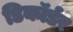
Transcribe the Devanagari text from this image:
डिकॉर्डर